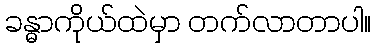
ခန္ဓာကိုယ်ထဲမှာ တက်လာတာပါ။